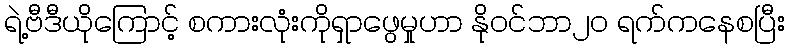
ရဲ့ဗီဒီယိုကြောင့် စကားလုံးကိုရှာဖွေမှုဟာ နိုဝင်ဘာ၂၀ ရက်ကနေစပြီး